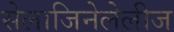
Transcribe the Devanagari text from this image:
सेलाजिनेलेलीज